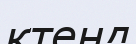
ктенд